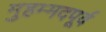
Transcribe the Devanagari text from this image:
मुहम्मदपूर्व